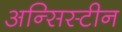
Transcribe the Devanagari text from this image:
अन्सिस्टीन